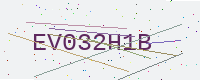
Text: EV032H1B